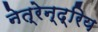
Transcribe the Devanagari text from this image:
नेत्रेन्द्रिय